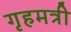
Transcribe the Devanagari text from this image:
गृहमत्री